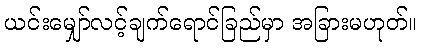
ယင်းမျှော်လင့်ချက်ရောင်ခြည်မှာ အခြားမဟုတ်။